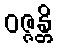
ဝဇ္ဇန္တိ